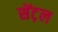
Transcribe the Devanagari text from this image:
सेंट़ल